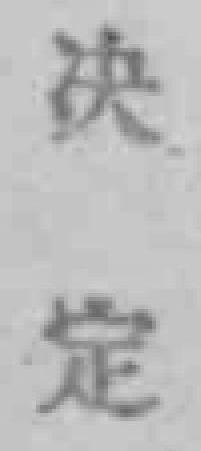
决定